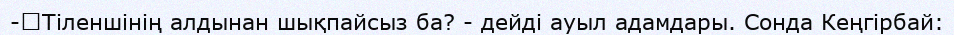
-	Тіленшінің алдынан шықпайсыз ба? - дейді ауыл адамдары. Сонда Кеңгірбай: